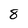
Character: 8